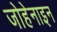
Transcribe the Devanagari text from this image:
जोहेनाइन